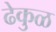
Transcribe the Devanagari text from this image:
ढेकुळ